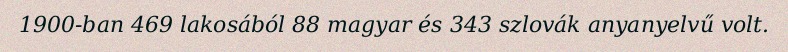
1900-ban 469 lakosából 88 magyar és 343 szlovák anyanyelvű volt.